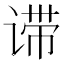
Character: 𬤈